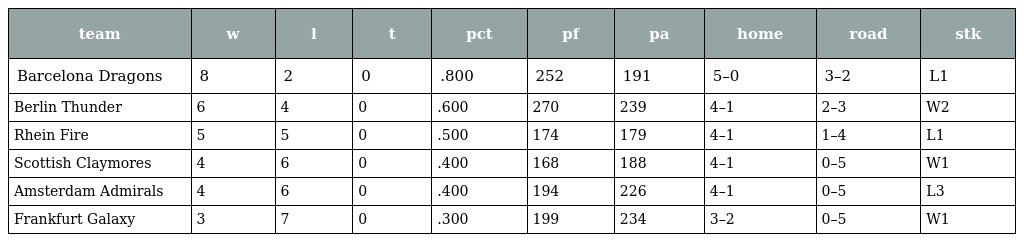
| team | w | l | t | pct | pf | pa | home | road | stk |
 | --- | --- | --- | --- | --- | --- | --- | --- | --- | --- |
 | Barcelona Dragons | 8 | 2 | 0 | .800 | 252 | 191 | 5–0 | 3–2 | L1 |
 | Berlin Thunder | 6 | 4 | 0 | .600 | 270 | 239 | 4–1 | 2–3 | W2 |
 | Rhein Fire | 5 | 5 | 0 | .500 | 174 | 179 | 4–1 | 1–4 | L1 |
 | Scottish Claymores | 4 | 6 | 0 | .400 | 168 | 188 | 4–1 | 0–5 | W1 |
 | Amsterdam Admirals | 4 | 6 | 0 | .400 | 194 | 226 | 4–1 | 0–5 | L3 |
 | Frankfurt Galaxy | 3 | 7 | 0 | .300 | 199 | 234 | 3–2 | 0–5 | W1 |